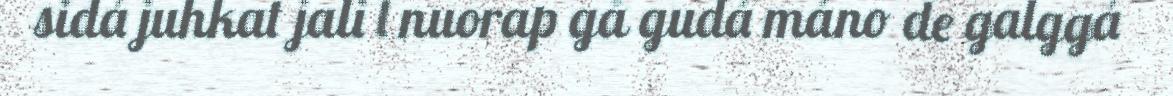
sidá juhkat jali l nuorap gå gudá máno de galggá